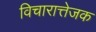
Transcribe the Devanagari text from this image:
विचारात्तेजक